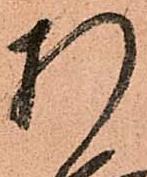
折